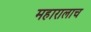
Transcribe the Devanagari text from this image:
महारालाच